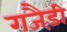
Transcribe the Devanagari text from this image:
गजैड़ी